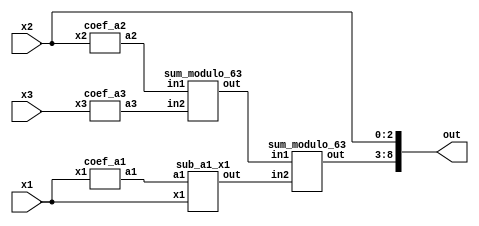
module reverse_converter_9_8_7 (x1, x2, x3, out);
	input [3:0] x1;
	input [2:0] x2;
	input [2:0] x3;
	wire [5:0] a1;
	wire [5:0] a2;
	wire [5:0] a3;
	wire [5:0] sum1;
	wire [5:0] sum2;
	wire [5:0] sum3;
	output [8:0] out;
		
	coef_a1 ca1(x1,a1);
	coef_a2 ca2(x2,a2);
	coef_a3 ca3(x3,a3);
	sum_modulo_63 sm1(a2, a3, sum1);
	sub_a1_x1 sm2(a1, x1, sum2);
	sum_modulo_63 sm3(sum1, sum2, sum3);
	
	assign out[0] = x2[0];
	assign out[1] = x2[1];
	assign out[2] = x2[2];
	
	assign out[3] = sum3[0];
	assign out[4] = sum3[1];
	assign out[5] = sum3[2];
	assign out[6] = sum3[3];
	assign out[7] = sum3[4];
	assign out[8] = sum3[5];
	
endmodule

module coef_a3 (x3, a3);
	input [2:0] x3;
	output [5:0] a3;
	assign a3[5] = x3[0];
	assign a3[4] = x3[2];
	assign a3[3] = x3[1];
	assign a3[2] = x3[0];
	assign a3[1] = x3[2];
	assign a3[0] = x3[1];
endmodule

module coef_a2 (x2, a2);
	input [2:0] x2;
	output [5:0] a2;
	assign a2[5] = ~x2[2];
	assign a2[4] = ~x2[1];
	assign a2[3] = ~x2[0];
	assign a2[2] = 1;
	assign a2[1] = 1;
	assign a2[0] = 1;
endmodule

module coef_a1 (x1, a1);
	input [3:0] x1;
	output [5:0] a1;
	wire bx;
	
	assign bx = x1[3] ^ x1[0];
	assign a1[5] = bx;
	assign a1[4] = x1[2];
	assign a1[3] = x1[1];
	assign a1[2] = bx;
	assign a1[1] = x1[2];
	assign a1[0] = x1[1];
	
endmodule

// Sum modulo (2^6 - 1) = 63
module sum_modulo_63 (in1, in2, out);
	input [5:0] in1;
	input [5:0] in2;
	output reg [5:0] out;
	wire [6:0] data;
	wire [6:0] data2;
	assign data = in1 + in2;
	assign data2 = in1 + in2 + 1;
	always @(*)
	begin
		if (data2[6] == 1)
			out <= data2[5:0];
		else
			out <= data[5:0];
	end
endmodule

module sub_a1_x1 (a1, x1, out);
	input [5:0] a1;
	input [3:0] x1;
	output [5:0] out;
	
	assign out = a1 - x1;
	
endmodule